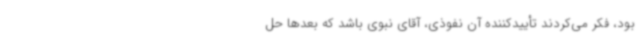
بود، فکر می‌کردند تأییدکننده آن نفوذی، آقای نبوی باشد که بعدها حل